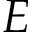
E